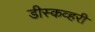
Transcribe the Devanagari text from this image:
डीस्कव्हरी